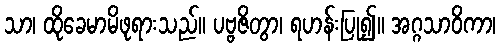
သာ၊ ထိုခေမာမိဖုရားသည်။ ပဗ္ဗဇိတွာ၊ ရဟန်းပြု၍။ အဂ္ဂသာဝိကာ၊